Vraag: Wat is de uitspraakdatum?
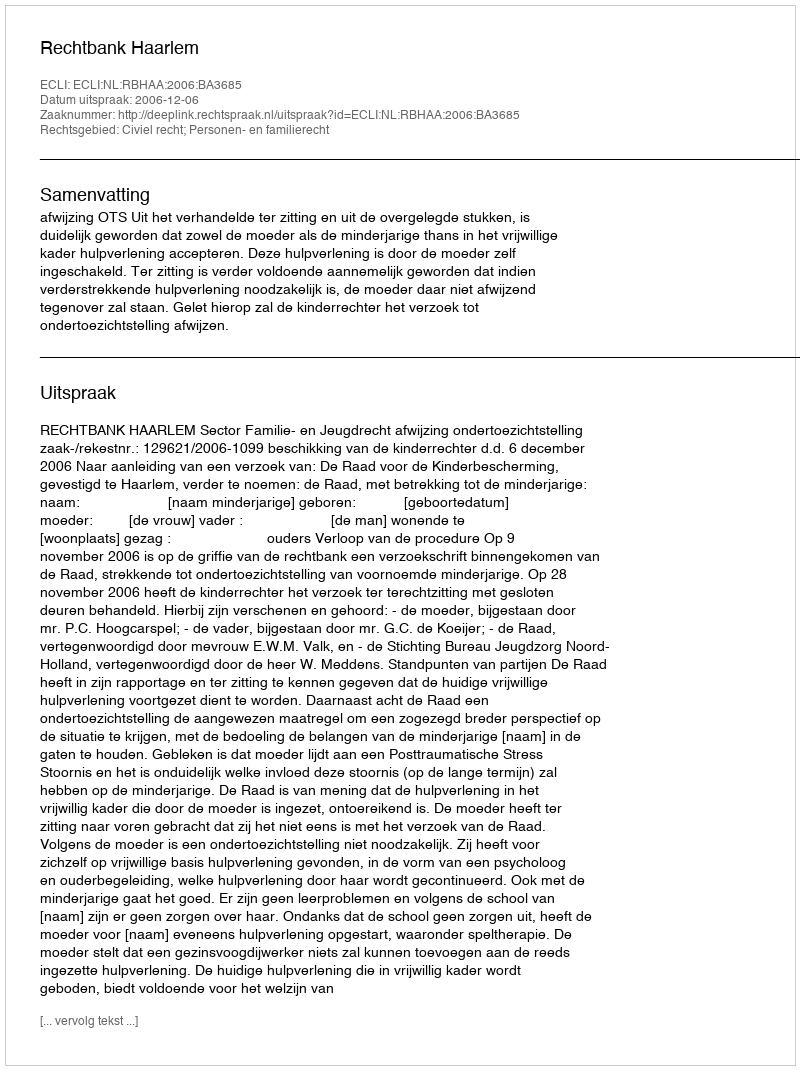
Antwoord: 2006-12-06